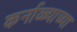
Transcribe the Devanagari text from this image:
कर्नाळ्याच्या